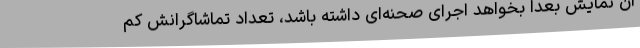
آن نمایش بعدا بخواهد اجرای صحنه‌ای داشته باشد، تعداد تماشاگرانش کم